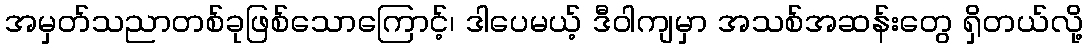
အမှတ်သညာတစ်ခုဖြစ်သောကြောင့်၊ ဒါပေမယ့် ဒီဝါကျမှာ အသစ်အဆန်းတွေ ရှိတယ်လို့